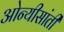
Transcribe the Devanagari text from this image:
ओन्यीसांती